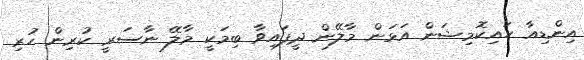
އިންޑިއާ ހައިކޮމިޝަން އަޅަން މާލޭން ދީފައިވާ ބިމަކީ މާލޭ ނާސަރީ ކުރިން ހުރި